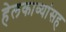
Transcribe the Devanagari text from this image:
हेलकाव्यांसह